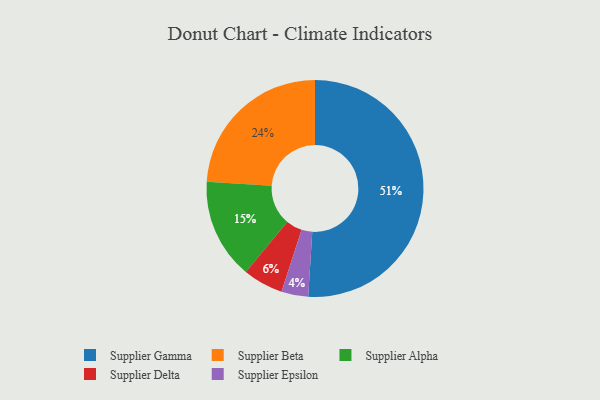
{"axis": {"x": "Category", "y": "Percentage"}, "legend": ["Supplier Alpha", "Supplier Beta", "Supplier Delta", "Supplier Epsilon", "Supplier Gamma"], "data": [{"x": "Supplier Alpha", "y": 15, "type": "Supplier Alpha"}, {"x": "Supplier Gamma", "y": 51, "type": "Supplier Gamma"}, {"x": "Supplier Epsilon", "y": 4, "type": "Supplier Epsilon"}, {"x": "Supplier Beta", "y": 24, "type": "Supplier Beta"}, {"x": "Supplier Delta", "y": 6, "type": "Supplier Delta"}]}